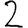
Digit: 2